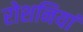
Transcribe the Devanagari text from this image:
रोशनियां